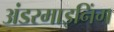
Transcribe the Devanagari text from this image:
अंडरमाइनिंग